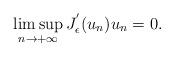
LaTeX: \begin{align*}\limsup_{n\rightarrow +\infty}J^{'}_{\epsilon}(u_{n})u_{n} = 0.\end{align*}